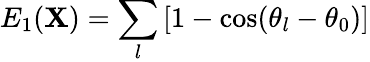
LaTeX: E_{1}(\boldsymbol{\mathbf{X}})=\sum_{l}\left[1-\cos(\theta_{l}-\theta_{0})\right]